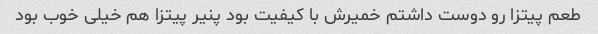
طعم پیتزا رو دوست داشتم خمیرش با کیفیت بود پنیر پیتزا هم خیلی خوب بود